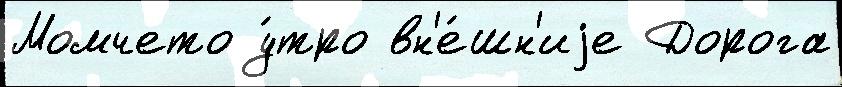
Момчето у́тро вн'е́шн'иjе Дорога